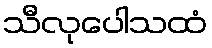
သီလုပေါသထံ